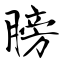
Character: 膀